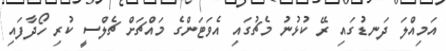
އަމިއްލަ ދަނޑުގައި ރޭ ކުޅުނު މެޗުގައި އެވަޓަންގެ މައްޗަށް ޗެލްސީ ކުރި ހޯދާފައި